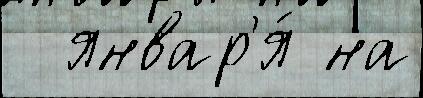
  январ'я́ на